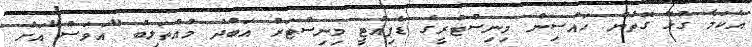
އެކަމާ ގުޅޭ ގޮތުން ހައުސިން މިނިސްޓްރީގެ ޑެޕިއުޓީ މިނިސްޓަރު އަބްދު މުއްތަލިބު "އަވަސް"އަށް